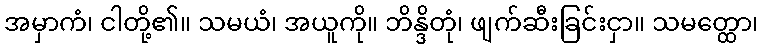
အမှာကံ၊ ငါတို့၏။ သမယံ၊ အယူကို။ ဘိန္ဒိတုံ၊ ဖျက်ဆီးခြင်းငှာ။ သမတ္ထော၊